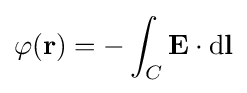
\varphi \mathbf {(r)} =-\int _{C}\mathbf {E} \cdot \mathrm {d} \mathbf {l}